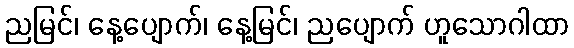
ညမြင်၊ နေ့ပျောက်၊ နေ့မြင်၊ ညပျောက် ဟူသောဂါထာ